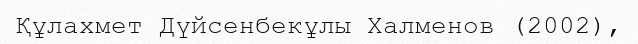
Құлахмет Дүйсенбекұлы Халменов (2002),